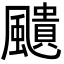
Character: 𩘺